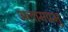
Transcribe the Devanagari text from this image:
अलामप्रभु